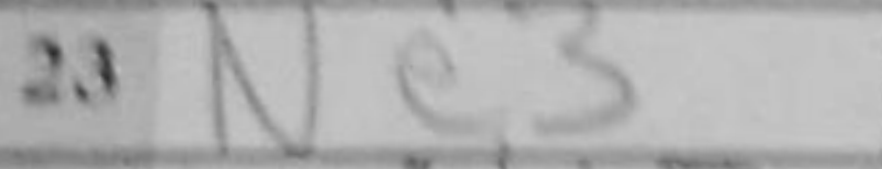
Transcription: Ne3